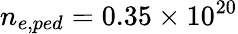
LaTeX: n_{e,ped}=0.35\times 10^{20}